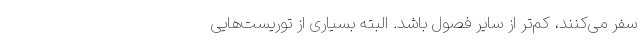
سفر می‌کنند، کم‌‌تر از سایر فصول باشد. البته بسیاری از توریست‌هایی